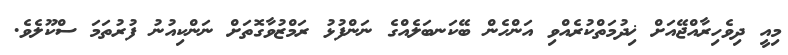
މިއީ ދިވެހިރާއްޖޭއަށް ޚިދުމަތްކުރެއްވި އަންހެން ބޭކަނބަލެއްގެ ނަންފުޅު ރަމްޒުވާގޮތަށް ނަންކިއުނު ފުރުތަމަ ސްކޫލެވެ.